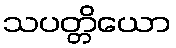
သပတ္တိယော